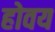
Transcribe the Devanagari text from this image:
होवय